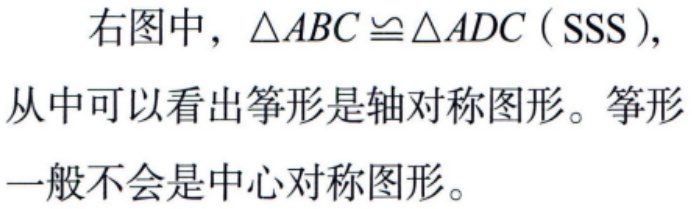
右图中，\(\triangle ABC\cong\triangle ADC\)（\(SSS\)），从中可以看出筝形是轴对称图形。筝形一般不会是中心对称图形。